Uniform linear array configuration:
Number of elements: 12
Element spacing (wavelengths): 0.25
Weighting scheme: blackman
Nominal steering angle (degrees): -60
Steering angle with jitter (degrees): -59.258
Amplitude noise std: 0.05
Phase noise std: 0.05

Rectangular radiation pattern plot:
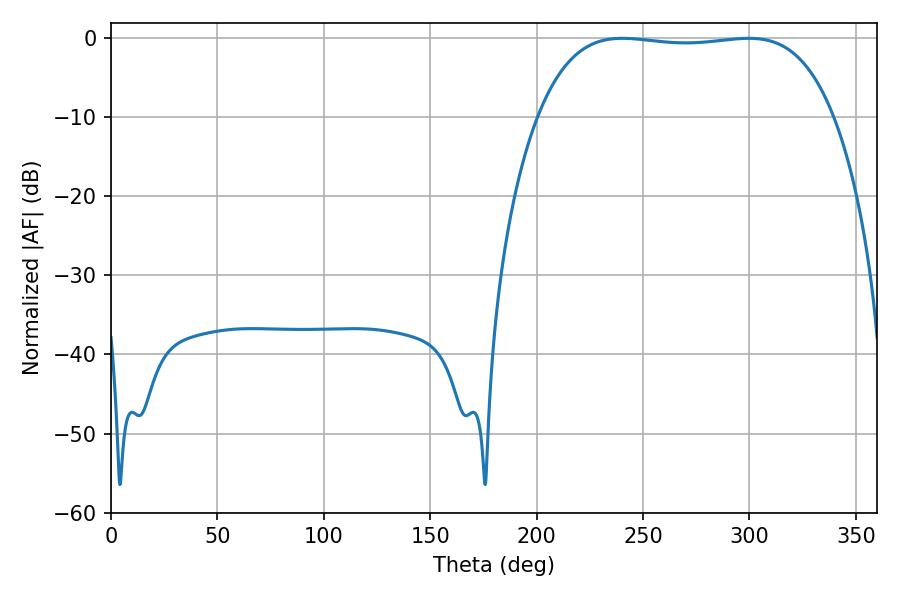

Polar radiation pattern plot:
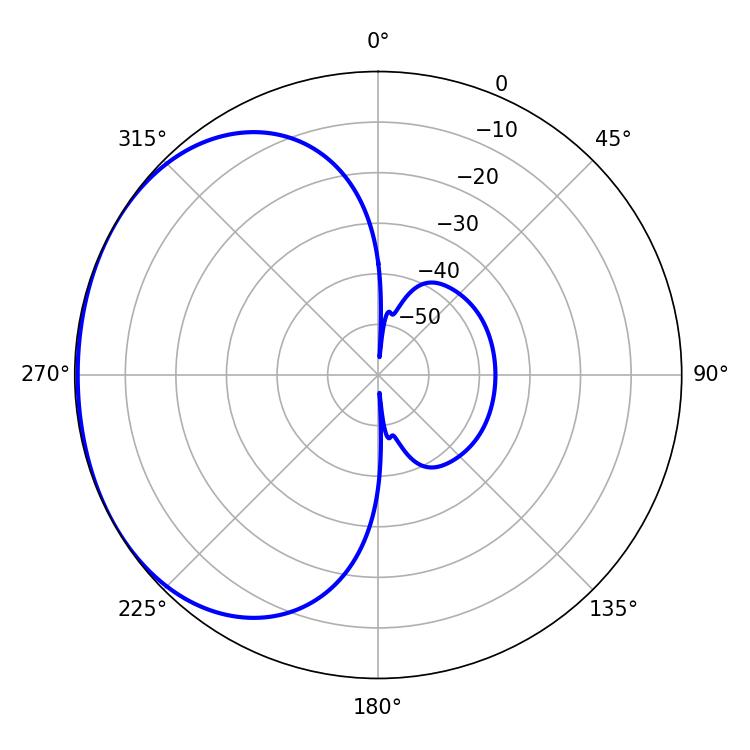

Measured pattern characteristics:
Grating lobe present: FALSE
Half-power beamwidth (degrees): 109.8
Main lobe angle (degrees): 299.7